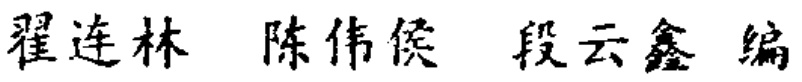
翟连林 陈伟侯 段云鑫 编